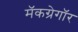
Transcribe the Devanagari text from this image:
मॅकग्रेगॉर